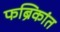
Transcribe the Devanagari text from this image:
फब्रिकांत